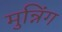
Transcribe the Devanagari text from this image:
मुन्निंग